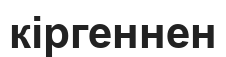
кіргеннен